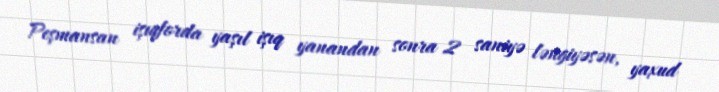
Peşmansan işıqforda yaşıl işıq yanandan sonra 2 saniyə ləngiyəsən, yaxud